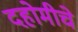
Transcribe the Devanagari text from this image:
दहोमीचे